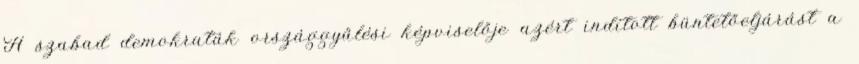
A szabad demokraták országgyűlési képviselője azért indított büntetőeljárást a